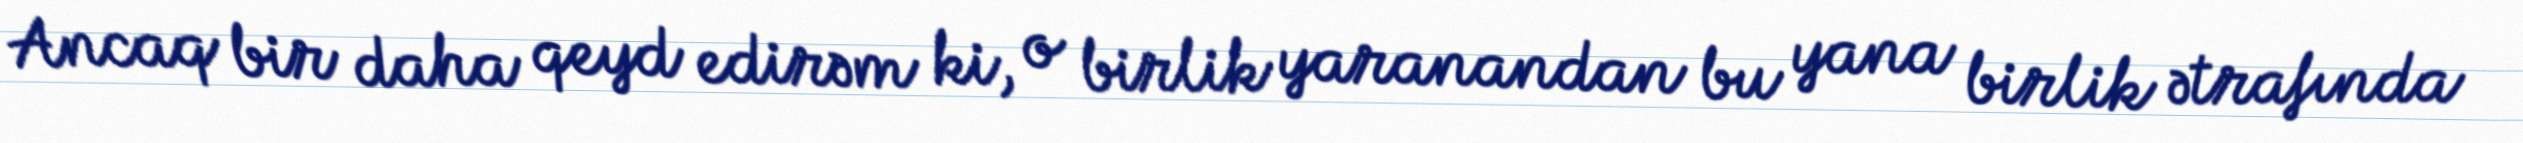
Ancaq bir daha qeyd edirəm ki, o birlik yaranandan bu yana birlik ətrafında